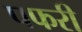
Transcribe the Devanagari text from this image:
पफरी